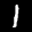
Label: 1